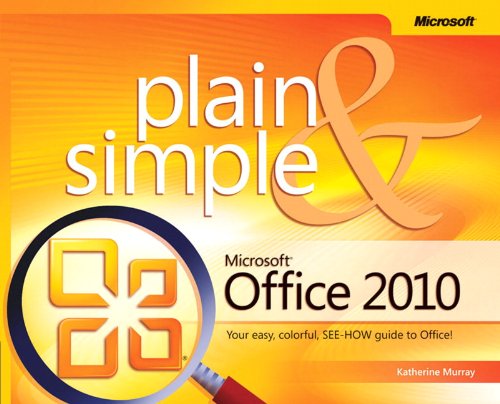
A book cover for Microsoft Office 2010 Plain & Simple; Katherine Murray; Computers & Technology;